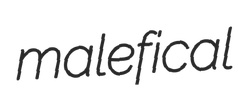
malefical